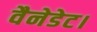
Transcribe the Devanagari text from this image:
वैनेडेट।